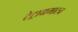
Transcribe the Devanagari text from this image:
टेट्राग्रमाटन